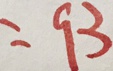
= 9 3